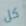
كل